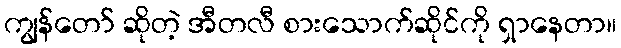
ကျွန်တော် ဆိုတဲ့ အီတလီ စားသောက်ဆိုင်ကို ရှာနေတာ။